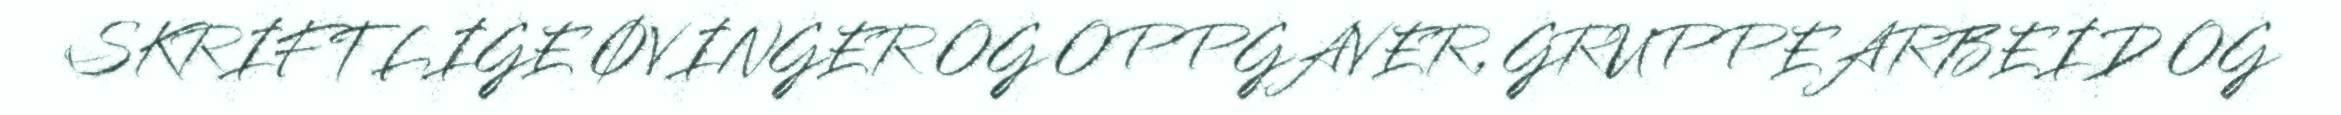
SKRIFTLIGE ØVINGER OG OPPGAVER, GRUPPEARBEID OG